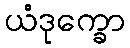
ယံဒုက္ခော